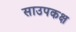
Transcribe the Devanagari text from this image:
साउपकक्ष